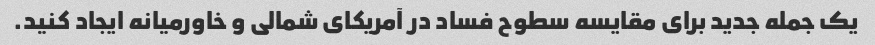
یک جمله جدید برای مقایسه سطوح فساد در آمریکای شمالی و خاورمیانه ایجاد کنید.